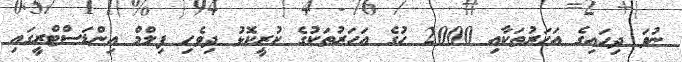
ނުވަ ދިހައިިގެ އަހަރުތަކާއި 2000 ހުގެ އަހަރުތަކުގެ ކުރީކޮޅު ދިވެހި ފިލްމް އިންޑަސްޓްރީގައި